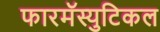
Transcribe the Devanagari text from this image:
फारमॅस्युटिकल